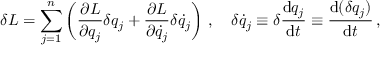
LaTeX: \delta L = \sum _ { j = 1 } ^ { n } \left( { \frac { \partial L } { \partial q _ { j } } } \delta q _ { j } + { \frac { \partial L } { \partial { \dot { q } } _ { j } } } \delta { \dot { q } } _ { j } \right) \, , \quad \delta { \dot { q } } _ { j } \equiv \delta { \frac { \mathrm { d } q _ { j } } { \mathrm { d } t } } \equiv { \frac { \mathrm { d } ( \delta q _ { j } ) } { \mathrm { d } t } } \, ,